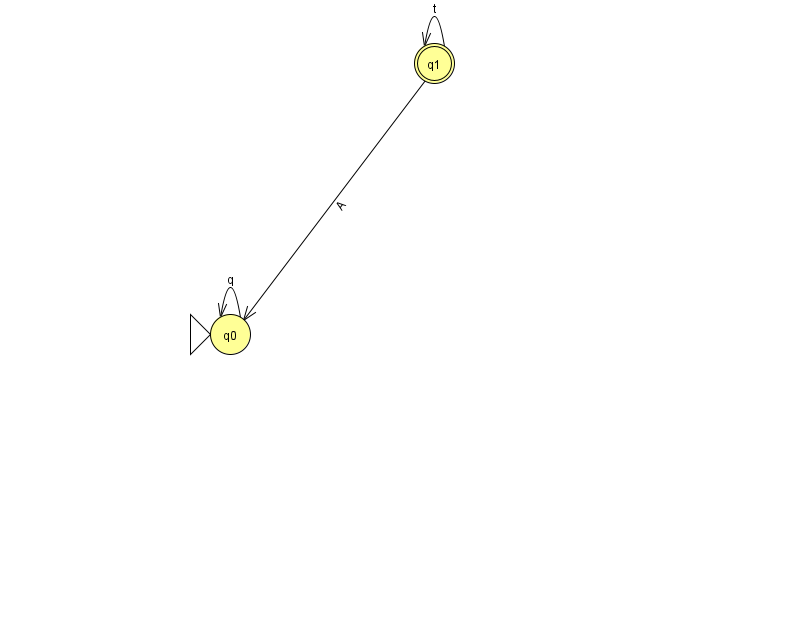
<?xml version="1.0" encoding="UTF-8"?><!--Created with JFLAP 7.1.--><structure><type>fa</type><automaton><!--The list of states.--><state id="0" name="q0"><x>230.0</x><y>321.0</y><initial/></state><state id="1" name="q1"><x>434.0</x><y>50.0</y><final/></state><!--The list of transitions.--><transition><from>0</from><to>0</to><read>q</read></transition><transition><from>1</from><to>0</to><read>A</read></transition><transition><from>1</from><to>1</to><read>t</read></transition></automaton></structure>